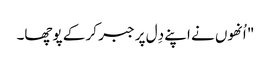
" اُنھوں نے اپنے دِل پر جبر کر کے پوچھا۔